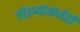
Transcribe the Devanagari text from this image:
जोडप्यांमध्येही